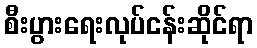
စီးပွားရေးလုပ်ငန်းဆိုင်ရာ